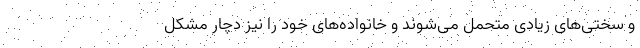
و سختی‌های زیادی متحمل می‌شوند و خانواده‌های خود را نیز دچار مشکل